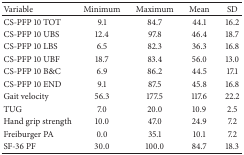
<table><thead><tr><td><b>Variable</b></td><td><b>Minimum</b></td><td><b>Maximum</b></td><td><b>Mean</b></td><td><b>SD</b></td></tr></thead><tbody><tr><td>CS-PFP 10 TOT</td><td>9.1</td><td>84.7</td><td>44.1</td><td>16.2</td></tr><tr><td>CS-PFP 10 UBS</td><td>12.4</td><td>97.8</td><td>46.4</td><td>18.7</td></tr><tr><td>CS-PFP 10 LBS</td><td>6.5</td><td>82.3</td><td>36.3</td><td>16.8</td></tr><tr><td>CS-PFP 10 UBF</td><td>18.7</td><td>83.4</td><td>56.0</td><td>13.0</td></tr><tr><td>CS-PFP 10 B&amp;C</td><td>6.9</td><td>86.2</td><td>44.5</td><td>17.1</td></tr><tr><td>CS-PFP 10 END</td><td>9.1</td><td>87.5</td><td>45.8</td><td>16.8</td></tr><tr><td>Gait velocity</td><td>56.3</td><td>177.5</td><td>117.6</td><td>22.2</td></tr><tr><td>TUG</td><td>7.0</td><td>20.0</td><td>10.9</td><td>2.5</td></tr><tr><td>Hand grip strength</td><td>10.0</td><td>47.0</td><td>24.9</td><td>7.2</td></tr><tr><td>Freiburger PA</td><td>0.0</td><td>35.1</td><td>10.1</td><td>7.2</td></tr><tr><td>SF-36 PF</td><td>30.0</td><td>100.0</td><td>84.7</td><td>18.3</td></tr></tbody></table>